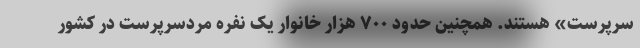
سرپرست» هستند. همچنین حدود ۷۰۰ هزار خانوار یک نفره مردسرپرست در کشور